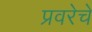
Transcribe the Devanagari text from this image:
प्रवरेचे